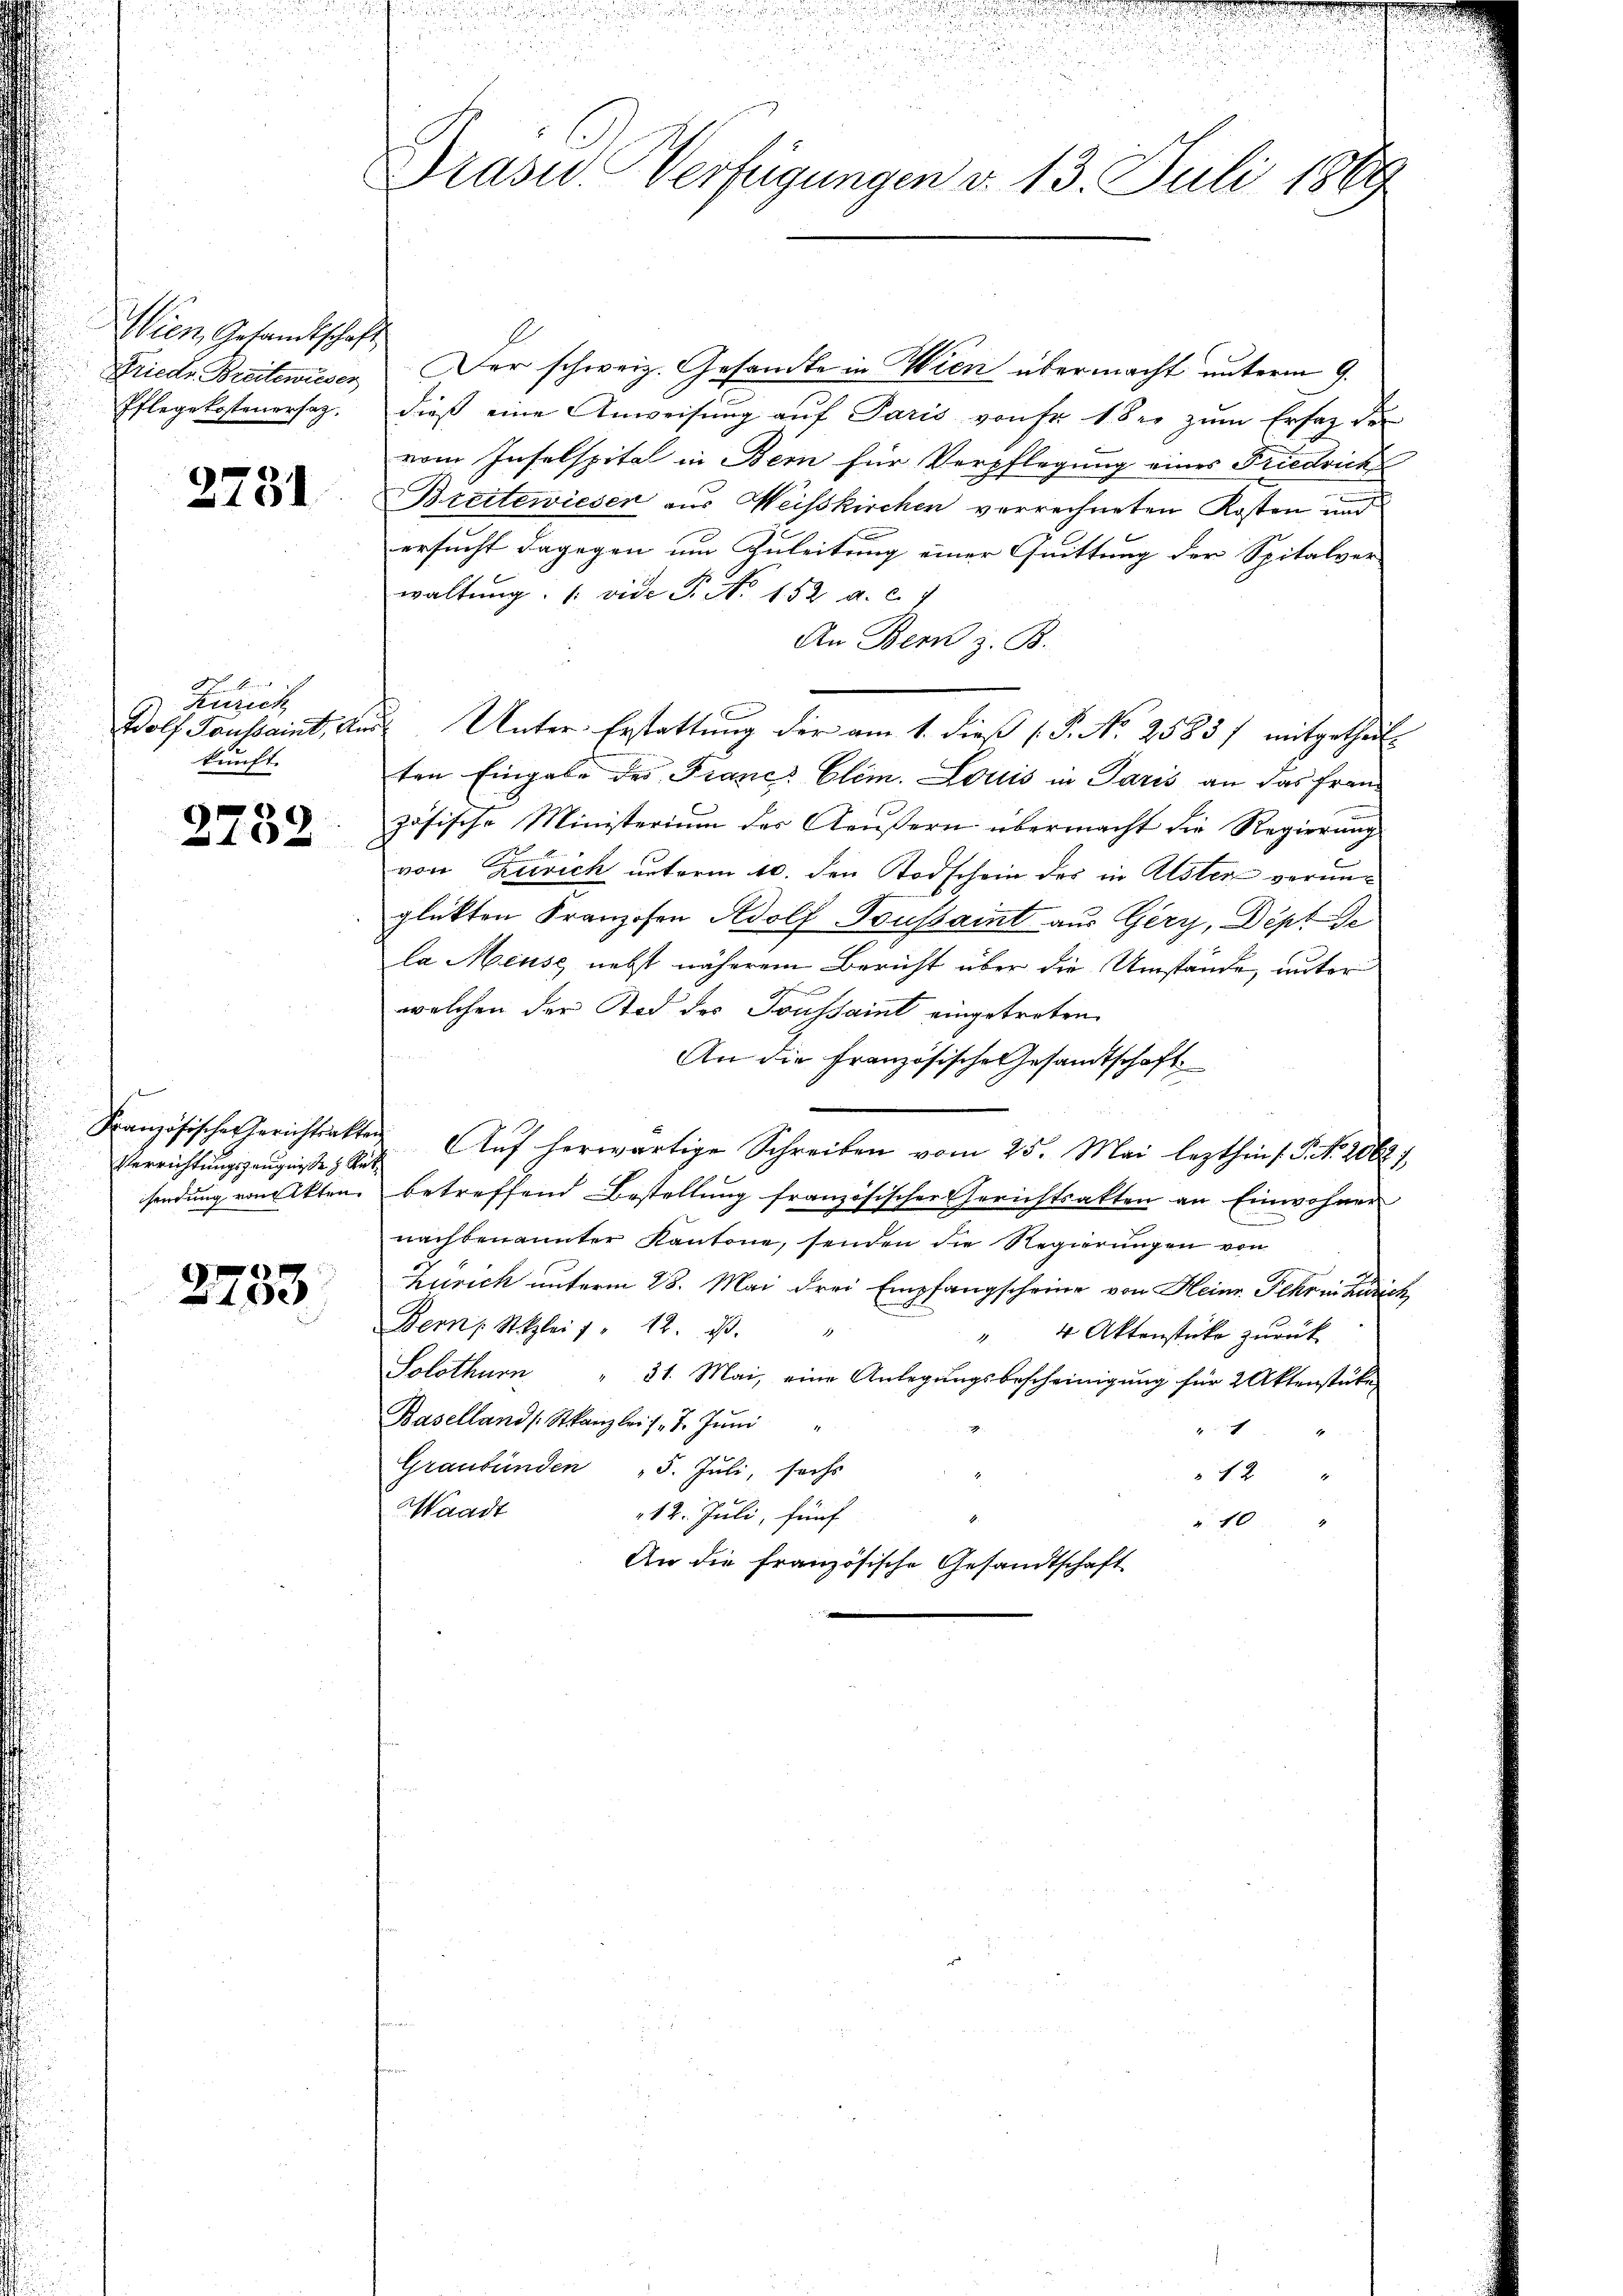
Wien Gesandtschaft
Pflege kostenersag

2731

Zürich
kunft.

2732

e
Verrichtungszeugnisse & Rück¬

2733

2
Drasid. Verfügungen d. 13. Juli 1889

Friede Breitewiesen. Der schweiz. Gesandte in Wien übermacht unterm 9.
dieß eine Anweisung auf Paris von Fr. 1 der zum Ersatz der
vom Inselspita in Bern für Verpflegung eines Friedrich
Breitewieser aus Weisskirchen verrechneten Kosten und
ersucht dagegen um Zuleitung einer Quittung der Spitalver-
waltung (vide P. Nr. 152 a. c. 7
An Bern z. B.
Wolf Saussaint, aus Unter-Erstattŭng der am 1. dieß P. Nr. 2583/ mitgetheil
ten Eingabe des Francs Clim. Louis in Paris an das Frau
zösische Ministerium des Aeußern übermacht die Regierung
von Zusich unterm 10. den Todschein des in Alsten vorunglükten Franzosen Adolf Toussaint aus Gery, Dept de
la Meise nebst näherem Bericht über die Umstände, unter
m
welchen der Tod des Toussaint eingetreten
An die Französische Gesandtschaft
Französisches Gerichtsakten. Aŭf herwärtige Schreiben vom 25. Mai lezthin s. S. Nr. 20827
sendung von Akten betreffend Bestellung französischer Gerichtsakten an Einwohner
nachbenannter Kantone, senden die Regierungen von
Zürich unterm 28. Mai drei Empfangscheine von Heinr. Fehr in Zürich,
Bern Stizlei " 12. d.
" 4 Aktenstüke zurück
Solothurn " 21. Mai, eine Anlegŭngsbescheinigŭng für 2 Aktenstüke
Baselland / Stkanzlei 17. Juni
4
Graubünden 5. Juli, sechs
 12 "
Waadt
12. Juli, fünf
" 10
An die Französische Gesandtschaft

2